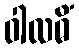
ဝါလဓိံ